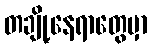
တချို့နေရာတွေမှာ